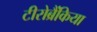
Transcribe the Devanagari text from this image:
टीरोब्रैंकिया